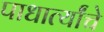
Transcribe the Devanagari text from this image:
पाधार्त्यांचे